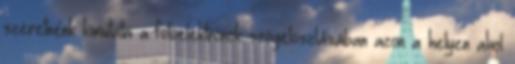
szeretnénk kimutatni a fotoelektronok szögeloszlásában azon a helyen ahol